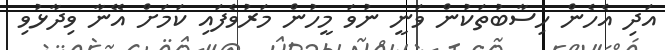
އަދި އެހެން ހިސާބުތަކުން ވަނީ ނުވަ މީހުން މަރުވެފައި ކަމަށް އޭނާ ވިދާޅުވި